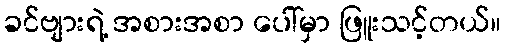
ခင်ဗျားရဲ့ အစားအစာ ပေါ်မှာ ဖြူးသင့်တယ်။